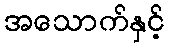
အသောက်နှင့်